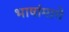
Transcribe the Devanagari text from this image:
भाषांमागे